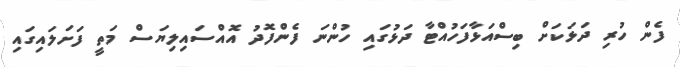
ފެން ހުރި ދަޅަކަށް ބިސްއަޅާފަހުއްޓާ ދަޅުގައި ހުންނަ ފެންފޮދު އޮއްސައިލިޔަސް މަތީ ފަށަލައިގައި